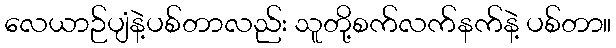
လေယာဉ်ပျံနဲ့ပစ်တာလည်း သူတို့စက်လက်နက်နဲ့ ပစ်တာ။